Proceedings of the meeting of veterinary officers in India
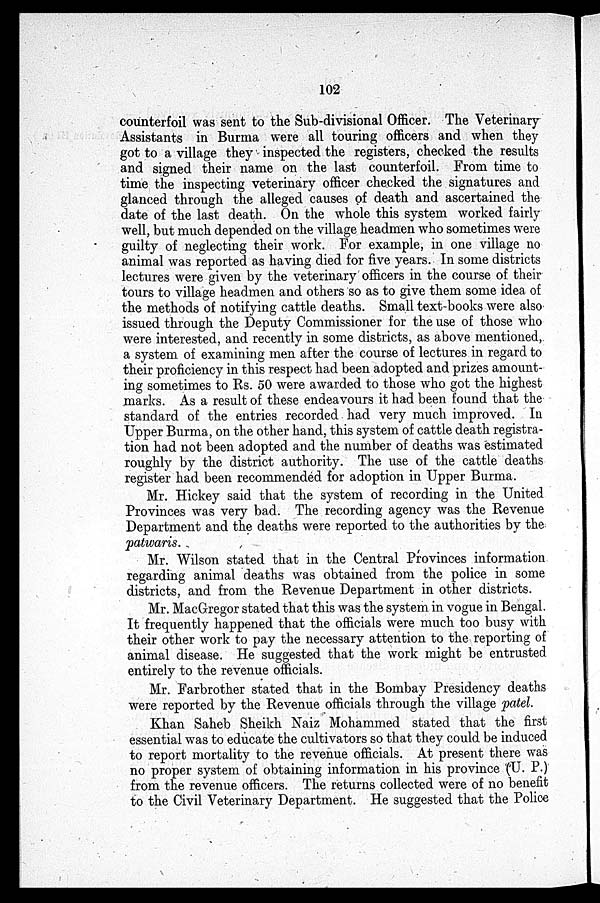
102
counterfoil was sent to the Sub-divisional Officer. The Veterinary
Assistants in Burma were all touring officers and when they
got to a village they inspected the registers, checked the results
and signed their name on the last counterfoil. From time to
time the inspecting veterinary officer checked the signatures and
glanced through the alleged causes of death and ascertained the
date of the last death. On the whole this system worked fairly
well, but much depended on the village headmen who sometimes were
guilty of neglecting their work. For example, in one village no
animal was reported as having died for five years. In some districts
lectures were given by the veterinary officers in the course of their
tours to village headmen and others so as to give them some idea of
the methods of notifying cattle deaths. Small text-books were also
issued through the Deputy Commissioner for the use of those who
were interested, and recently in some districts, as above mentioned,
a system of examining men after the course of lectures in regard to
their proficiency in this respect had been adopted and prizes amount-
ing sometimes to Rs. 50 were awarded to those who got the highest
marks. As a result of these endeavours it had been found that the
standard of the entries recorded had very much improved. In
Upper Burma, on the other hand, this system of cattle death registra-
tion had not been adopted and the number of deaths was estimated
roughly by the district authority. The use of the cattle deaths
register had been recommended for adoption in Upper Burma.
Mr. Hickey said that the system of recording in the United
Provinces was very bad. The recording agency was the Revenue
Department and the deaths were reported to the authorities by the
patwaris.
Mr. Wilson stated that in the Central Provinces information
regarding animal deaths was obtained from the police in some
districts, and from the Revenue Department in other districts.
Mr. MacGregor stated that this was the system in vogue in Bengal.
It frequently happened that the officials were much too busy with
their other work to pay the necessary attention to the reporting of
animal disease. He suggested that the work might be entrusted
entirely to the revenue officials.
Mr. Farbrother stated that in the Bombay Presidency deaths
were reported by the Revenue officials through the village patel.
Khan Saheb Sheikh Naiz Mohammed stated that the first
essential was to educate the cultivators so that they could be induced
to report mortality to the revenue officials. At present there was
no proper system of obtaining information in his province (U. P.)
from the revenue officers. The returns collected were of no benefit
to the Civil Veterinary Department. He suggested that the Police